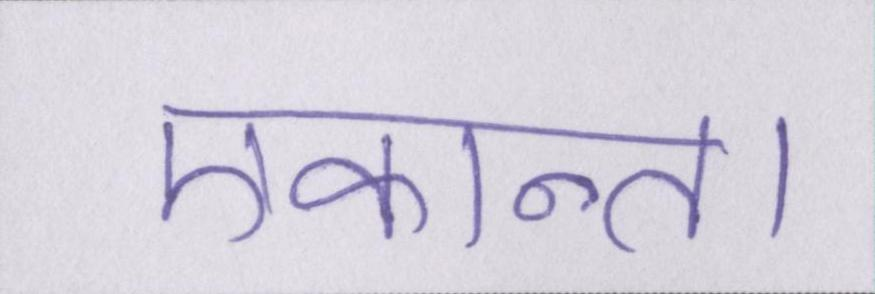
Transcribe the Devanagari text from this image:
एकान्त।